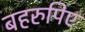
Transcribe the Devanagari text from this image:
बहरुपिए